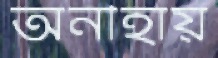
অনীহায়